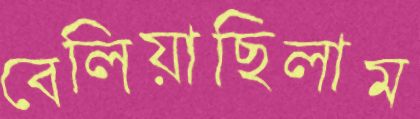
বেলিয়াছিলাম